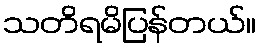
သတိရမိပြန်တယ်။